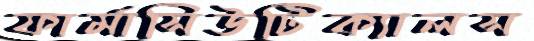
ফার্মাসিউটিক্যালস